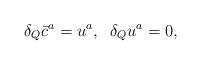
\begin{align*}\delta_{Q}\bar{c}^{a}=u^{a},\;\; \delta_{Q}u^{a}=0,\end{align*}